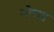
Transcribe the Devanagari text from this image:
मोघ्या